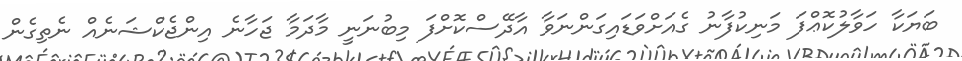
ބަޔަކާ ހަވާލުކޮޢްފަ މަނިކުފާނު ގެއަށްވަޑައިގަންނަވާ އާދޭސްކޮށްފަ މިބުނަނީ މާދަމާ ޖަހާނެ އިންޖެކްޝަނެއް ނެތިގެން